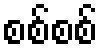
စစ်စစ်